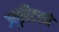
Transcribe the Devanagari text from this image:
ज्युपिटरने